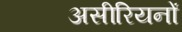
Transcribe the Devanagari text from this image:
असीरियनों